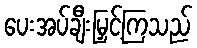
ပေးအပ်ချီးမြှင့်ကြသည်